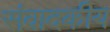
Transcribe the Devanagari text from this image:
संवादकीय